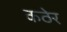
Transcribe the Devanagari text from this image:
कठेर